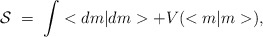
\begin{align*}{\cal S} \; = \; \int < d m | d m > + V(<m|m>),\end{align*}